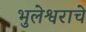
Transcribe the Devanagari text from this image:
भुलेश्वराचे